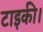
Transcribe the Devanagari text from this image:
टाइकी।